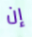
إن